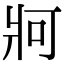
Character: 牁